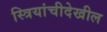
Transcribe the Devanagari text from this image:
स्त्रियांचीदेखील